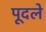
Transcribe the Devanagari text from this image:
पूदले